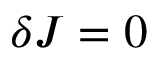
\delta J = 0